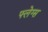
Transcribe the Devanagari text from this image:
फ्लेग्स